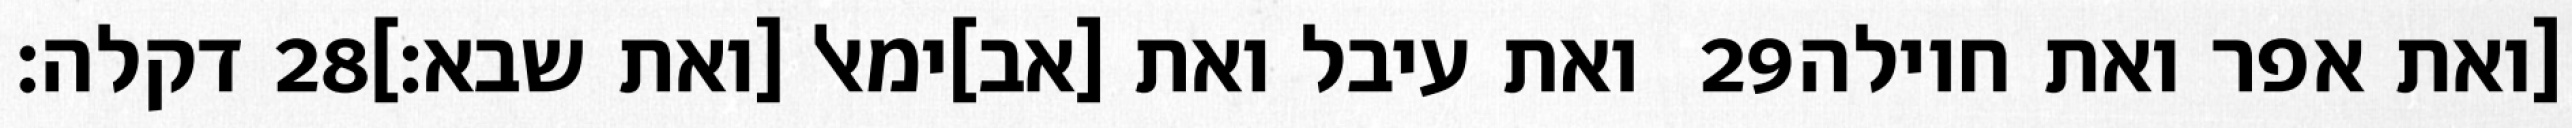
דקלה׃ ‎28‏ ואת עיבל ואת [אב]ימאל [ואת שבא׃] ‎29‏ [ואת אפר ואת חוילה